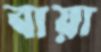
বায়া